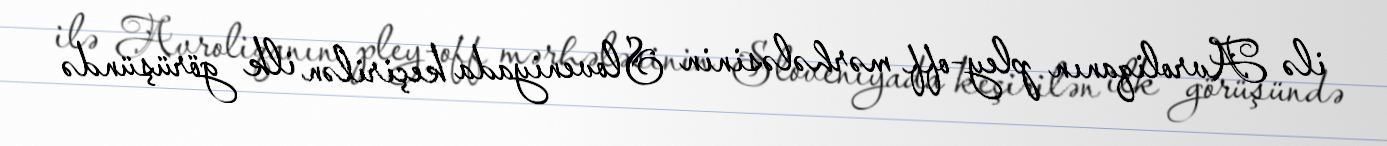
ilə Avroliqanın pley-off mərhələsinin Sloveniyada keçirilən ilk görüşündə